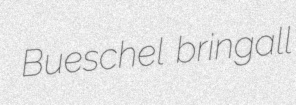
Bueschel bringall